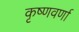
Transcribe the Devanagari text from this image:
कृष्णवर्णा